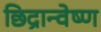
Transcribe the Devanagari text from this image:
छिद्रान्वेष्ण